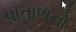
પાતાળનો